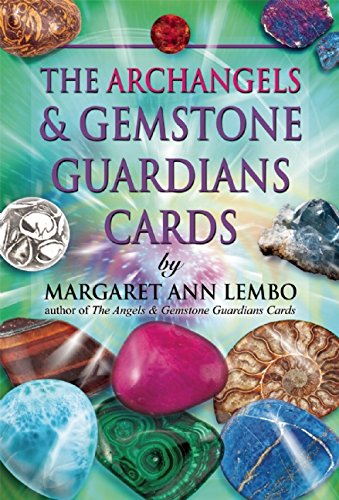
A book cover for The Archangels and Gemstone Guardians Cards; Margaret Ann Lembo; Religion & Spirituality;